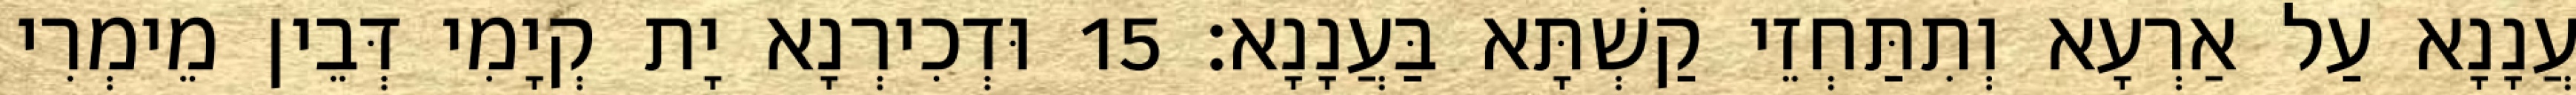
עֲנָנָא עַל אַרְעָא וְתִתַּחְזֵי קַשְׁתָּא בַּעֲנָנָא׃ 15 וּדְכִירְנָא יָת קְיָמִי דְּבֵין מֵימְרִי